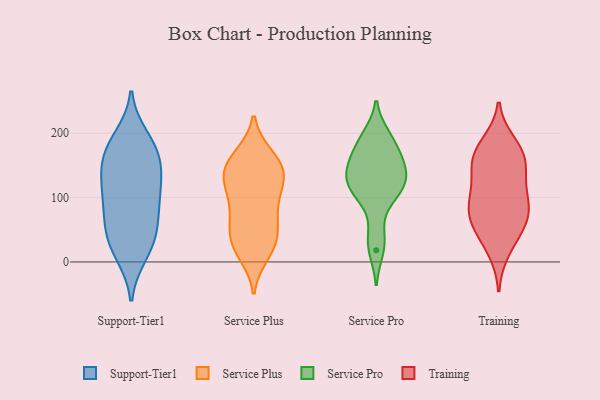
{"axis": {"x": "Active Users", "y": "Value"}, "legend": ["Service Plus", "Service Pro", "Support-Tier1", "Training"], "data": [{"x": "", "y": 114, "type": "Support-Tier1"}, {"x": "", "y": 36, "type": "Support-Tier1"}, {"x": "", "y": 103, "type": "Support-Tier1"}, {"x": "", "y": 48, "type": "Support-Tier1"}, {"x": "", "y": 75, "type": "Support-Tier1"}, {"x": "", "y": 195, "type": "Support-Tier1"}, {"x": "", "y": 172, "type": "Support-Tier1"}, {"x": "", "y": 85, "type": "Support-Tier1"}, {"x": "", "y": 183, "type": "Support-Tier1"}, {"x": "", "y": 90, "type": "Support-Tier1"}, {"x": "", "y": 150, "type": "Support-Tier1"}, {"x": "", "y": 10, "type": "Support-Tier1"}, {"x": "", "y": 36, "type": "Support-Tier1"}, {"x": "", "y": 119, "type": "Support-Tier1"}, {"x": "", "y": 50, "type": "Support-Tier1"}, {"x": "", "y": 10, "type": "Support-Tier1"}, {"x": "", "y": 154, "type": "Support-Tier1"}, {"x": "", "y": 140, "type": "Support-Tier1"}, {"x": "", "y": 187, "type": "Support-Tier1"}, {"x": "", "y": 146, "type": "Support-Tier1"}, {"x": "", "y": 165, "type": "Service Plus"}, {"x": "", "y": 40, "type": "Service Plus"}, {"x": "", "y": 32, "type": "Service Plus"}, {"x": "", "y": 74, "type": "Service Plus"}, {"x": "", "y": 18, "type": "Service Plus"}, {"x": "", "y": 135, "type": "Service Plus"}, {"x": "", "y": 123, "type": "Service Plus"}, {"x": "", "y": 47, "type": "Service Plus"}, {"x": "", "y": 25, "type": "Service Plus"}, {"x": "", "y": 12, "type": "Service Plus"}, {"x": "", "y": 75, "type": "Service Plus"}, {"x": "", "y": 69, "type": "Service Plus"}, {"x": "", "y": 159, "type": "Service Plus"}, {"x": "", "y": 120, "type": "Service Plus"}, {"x": "", "y": 134, "type": "Service Plus"}, {"x": "", "y": 93, "type": "Service Plus"}, {"x": "", "y": 147, "type": "Service Plus"}, {"x": "", "y": 164, "type": "Service Plus"}, {"x": "", "y": 116, "type": "Service Plus"}, {"x": "", "y": 142, "type": "Service Plus"}, {"x": "", "y": 144, "type": "Service Pro"}, {"x": "", "y": 170, "type": "Service Pro"}, {"x": "", "y": 97, "type": "Service Pro"}, {"x": "", "y": 163, "type": "Service Pro"}, {"x": "", "y": 191, "type": "Service Pro"}, {"x": "", "y": 196, "type": "Service Pro"}, {"x": "", "y": 134, "type": "Service Pro"}, {"x": "", "y": 41, "type": "Service Pro"}, {"x": "", "y": 144, "type": "Service Pro"}, {"x": "", "y": 117, "type": "Service Pro"}, {"x": "", "y": 111, "type": "Service Pro"}, {"x": "", "y": 18, "type": "Service Pro"}, {"x": "", "y": 120, "type": "Service Pro"}, {"x": "", "y": 101, "type": "Training"}, {"x": "", "y": 147, "type": "Training"}, {"x": "", "y": 53, "type": "Training"}, {"x": "", "y": 183, "type": "Training"}, {"x": "", "y": 161, "type": "Training"}, {"x": "", "y": 130, "type": "Training"}, {"x": "", "y": 48, "type": "Training"}, {"x": "", "y": 72, "type": "Training"}, {"x": "", "y": 165, "type": "Training"}, {"x": "", "y": 19, "type": "Training"}, {"x": "", "y": 167, "type": "Training"}, {"x": "", "y": 89, "type": "Training"}, {"x": "", "y": 73, "type": "Training"}, {"x": "", "y": 95, "type": "Training"}]}